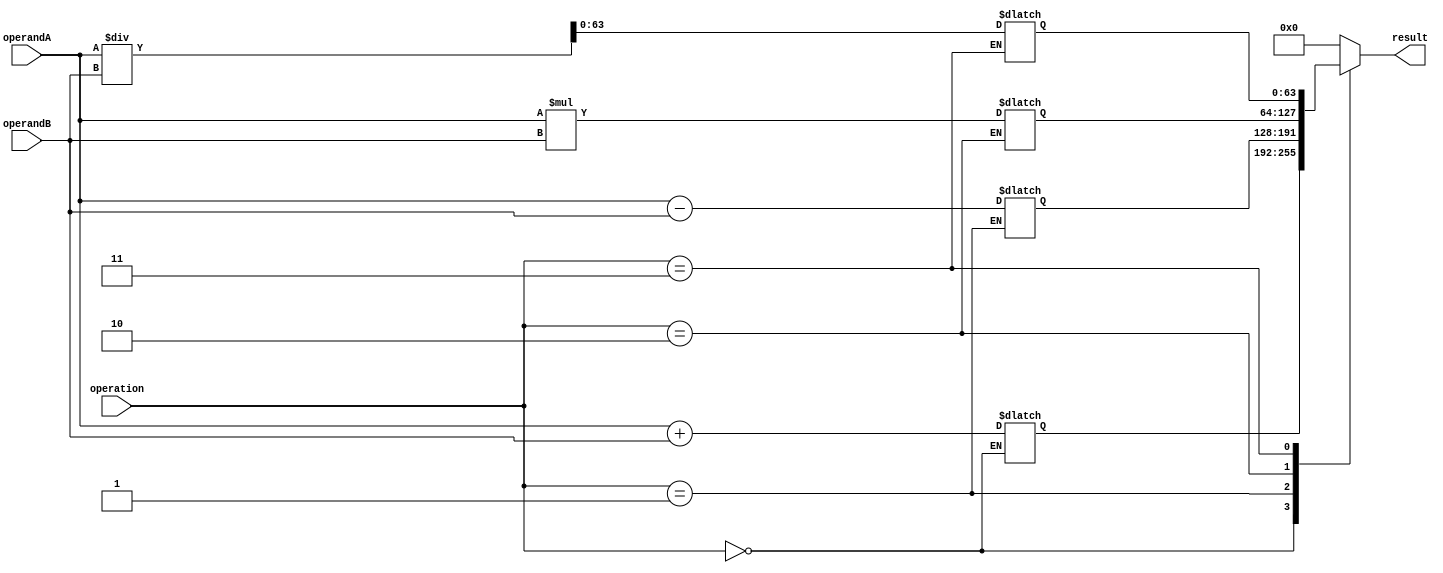
module TriplePrecisionFloatingPointUnit (
    input wire [63:0] operandA,
    input wire [63:0] operandB,
    input wire [2:0] operation,
    output reg [63:0] result
);

// Adder component for performing addition operation
reg [63:0] sum;
always @* begin
    if(operation == 3'b000) begin
        sum = operandA + operandB; // Addition operation
    end
end

// Subtractor component for performing subtraction operation
reg [63:0] difference;
always @* begin
    if(operation == 3'b001) begin
        difference = operandA - operandB; // Subtraction operation
    end
end

// Multiplier component for performing multiplication operation
reg [127:0] product;
always @* begin
    if(operation == 3'b010) begin
        product = operandA * operandB; // Multiplication operation
    end
end

// Divider component for performing division operation
reg [127:0] quotient;
always @* begin
    if(operation == 3'b011) begin
        quotient = operandA / operandB; // Division operation
    end
end

// Result selection based on operation
always @* begin
    case(operation)
        3'b000: result = sum; // Addition result
        3'b001: result = difference; // Subtraction result
        3'b010: result = product[63:0]; // Multiplication result (consider only lower 64 bits)
        3'b011: result = quotient[63:0]; // Division result (consider only lower 64 bits)
        default: result = 64'b0; // Default result
    endcase
end

endmodule